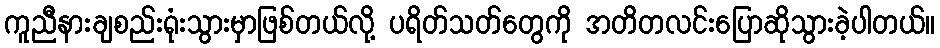
ကူညီနားချစည်းရုံးသွားမှာဖြစ်တယ်လို့ ပရိတ်သတ်တွေကို အတိတလင်းပြောဆိုသွားခဲ့ပါတယ်။